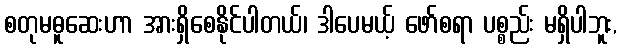
စတုမဓူဆေးဟာ အားရှိစေနိုင်ပါတယ်၊ ဒါပေမယ့် ဖော်စရာ ပစ္စည်း မရှိပါဘူး,